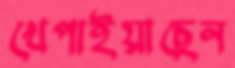
খেপাইয়াছেন